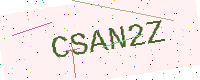
Text: CSAN2Z